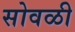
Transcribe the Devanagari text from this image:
सोवळी